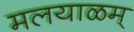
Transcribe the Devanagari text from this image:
मलयाळम्